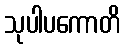
သုပါပကောတိ